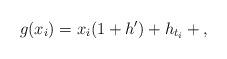
LaTeX: \begin{align*}g(x_i)=x_i (1+h') + h_{t_i}+{},\end{align*}